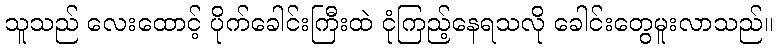
သူသည် လေးထောင့် ပိုက်ခေါင်းကြီးထဲ ငုံကြည့်နေရသလို ခေါင်းတွေမူးလာသည်။